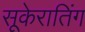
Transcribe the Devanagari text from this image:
सूकेरातिंग